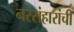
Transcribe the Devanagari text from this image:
नरसंहारांची